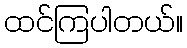
ထင်ကြပါတယ်။